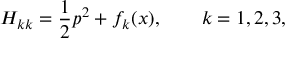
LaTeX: H _ { k k } = \frac { 1 } { 2 } p ^ { 2 } + f _ { k } ( x ) , \qquad k = 1 , 2 , 3 ,